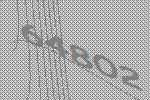
64802